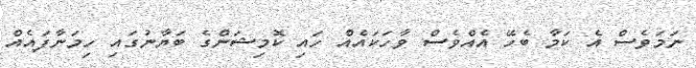
ނަމަވެސް އެ ކަމާ ބެހޭ އެއްވެސް ވާހަކައެއް ހައި ކޮމިޝަންގެ ބަޔާނުގައި ހިމަނާފައެއް